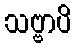
သဗ္ဗာပိ